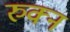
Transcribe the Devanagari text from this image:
रुक्न